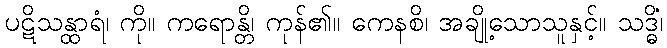
ပဋိသန္ထာရံ၊ ကို။ ကရောန္တိ၊ ကုန်၏။ ကေနစိ၊ အချို့သောသူနှင့်။ သဒ္ဓိံ၊